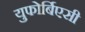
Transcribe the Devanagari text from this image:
युफोर्बिएसी